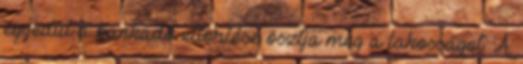
egyedül a bankadó eltörlése osztja meg a lakosságot. A